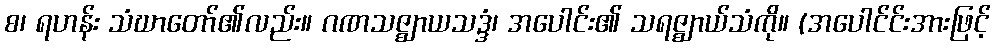
စ၊ ရဟန်း သံဃာတော်၏လည်း။ ဂဏသဇ္ဈာယသဒ္ဒံ၊ အပေါင်း၏ သရဇ္ဈာယ်သံကို။ (အပေါင်င်းအားဖြင့်